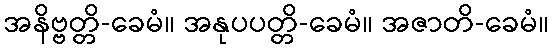
အနိဗ္ဗတ္တိ-ခေမံ။ အနုပပတ္တိ-ခေမံ။ အဇာတိ-ခေမံ။